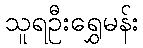
သူရဦးရွှေမန်း